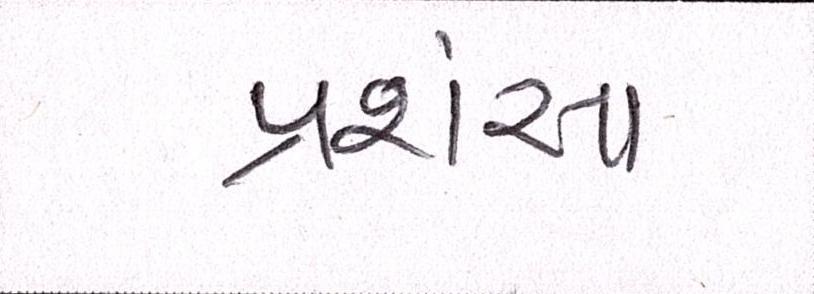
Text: પ્રસંશા